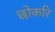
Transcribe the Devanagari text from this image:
छोकरि